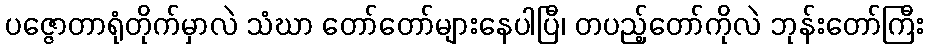
ပဇ္ဇောတာရုံတိုက်မှာလဲ သံဃာ တော်တော်များနေပါပြီ၊ တပည့်တော်ကိုလဲ ဘုန်းတော်ကြီး